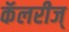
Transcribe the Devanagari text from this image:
कॅलरीज्‌